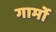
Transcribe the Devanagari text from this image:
गार्मो